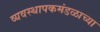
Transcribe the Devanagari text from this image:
व्यवस्थापकमंडळाच्या